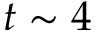
t \sim 4